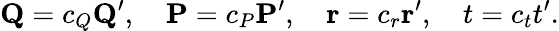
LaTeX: {\mathbf Q}=c_{Q}{\mathbf Q}^{\prime},\quad{\mathbf P}=c_{P}{\mathbf P}^{\prime},\quad{\mathbf r}=c_{r}{\mathbf r}^{\prime},\quad t=c_{t}t^{\prime}.